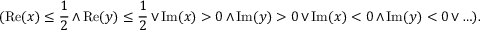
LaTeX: ( \operatorname { R e } ( x ) \leq { \frac { 1 } { 2 } } \wedge \operatorname { R e } ( y ) \leq { \frac { 1 } { 2 } } \vee \operatorname { I m } ( x ) > 0 \wedge \operatorname { I m } ( y ) > 0 \vee \operatorname { I m } ( x ) < 0 \wedge \operatorname { I m } ( y ) < 0 \vee \ldots ) .